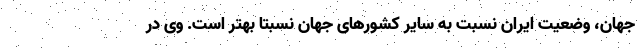
جهان، وضعیت ایران نسبت به سایر کشورهای جهان نسبتاً بهتر است. وی در